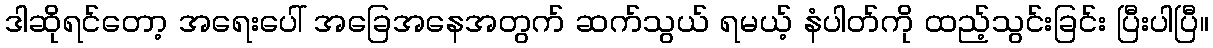
ဒါဆိုရင်တော့ အရေးပေါ် အခြေအနေအတွက် ဆက်သွယ် ရမယ့် နံပါတ်ကို ထည့်သွင်းခြင်း ပြီးပါပြီ။